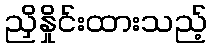
ညှိနှိုင်းထားသည့်